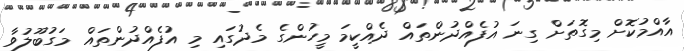
އާއްމުކޮށް މިގޮތަށް ގިނަ އުފެއްދުންތައް ދެއްކީމަ މީހުންގެ މެދުގައި މި އުފެއްދުންތައް މަގުބޫލުވާ